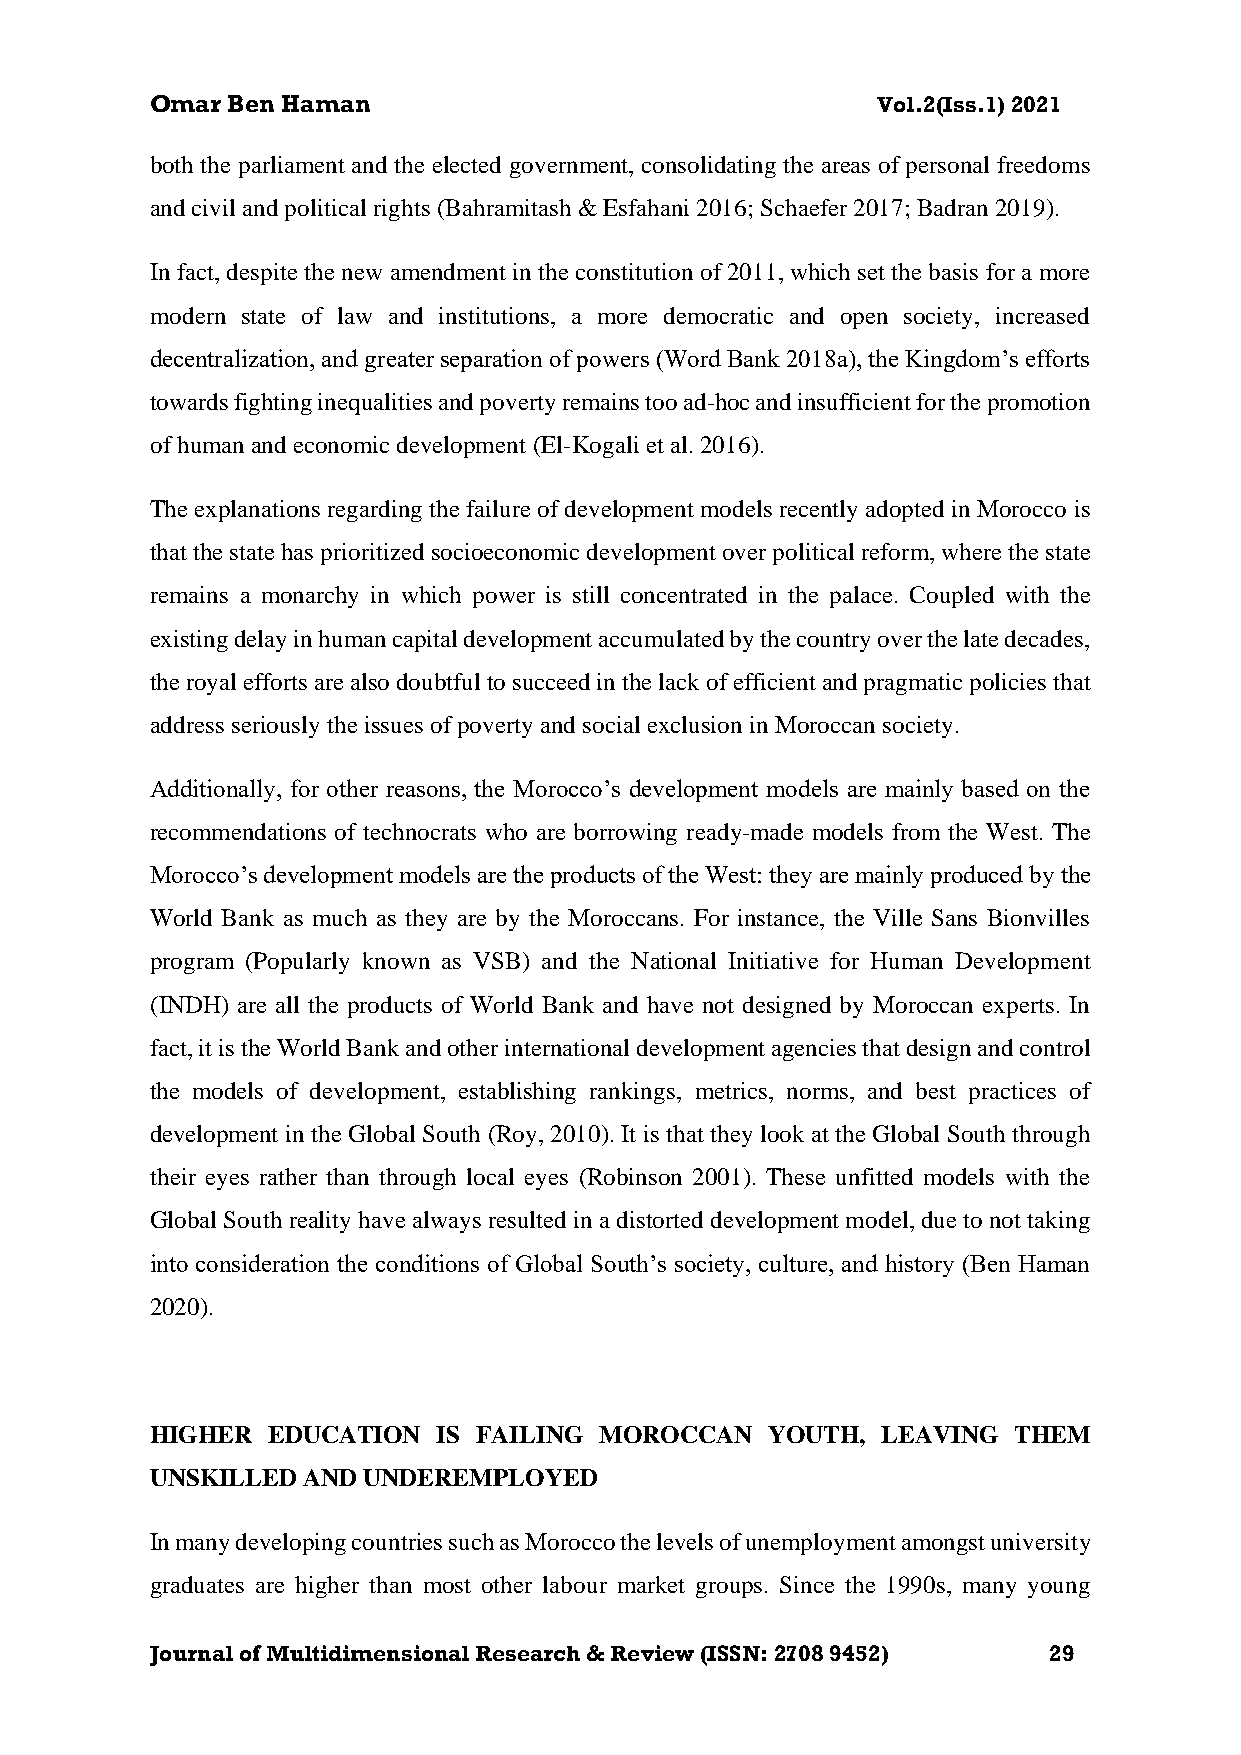
Omar Ben Haman                                  Vol.2(Iss.1) 2021
 both the parliament and the elected government, consolidating the areas of personal freedoms
 and civil and political rights (Bahramitash & Esfahani 2016; Schaefer 2017; Badran 2019).
 In fact, despite the new amendment in the constitution of 2011, which set the basis for a more
 modern state of law and institutions, a more democratic and open society, increased
 decentralization, and greater separation of powers (Word Bank 2018a), the Kingdom’s efforts
 towards fighting inequalities and poverty remains too ad-hoc and insufficient for the promotion
 of human and economic development (El-Kogali et al. 2016).
 The explanations regarding the failure of development models recently adopted in Morocco is
 that the state has prioritized socioeconomic development over political reform, where the state
 remains a monarchy in which power is still concentrated in the palace. Coupled with the
 existing delay in human capital development accumulated by the country over the late decades,
 the royal efforts are also doubtful to succeed in the lack of efficient and pragmatic policies that
 address seriously the issues of poverty and social exclusion in Moroccan society.
 Additionally, for other reasons, the Morocco’s development models are mainly based on the
 recommendations of technocrats who are borrowing ready-made models from the West. The
 Morocco’s development models are the products of the West: they are mainly produced by the
 World Bank as much as they are by the Moroccans. For instance, the Ville Sans Bionvilles
 program (Popularly known as VSB) and the National Initiative for Human Development
 (INDH) are all the products of World Bank and have not designed by Moroccan experts. In
 fact, it is the World Bank and other international development agencies that design and control
 the models of development, establishing rankings, metrics, norms, and best practices of
 development in the Global South (Roy, 2010). It is that they look at the Global South through
 their eyes rather than through local eyes (Robinson 2001). These unfitted models with the
 Global South reality have always resulted in a distorted development model, due to not taking
 into consideration the conditions of Global South’s society, culture, and history (Ben Haman
 2020).
 HIGHER  EDUCATION  IS FAILING MOROCCAN   YOUTH, LEAVING  THEM
 UNSKILLED AND UNDEREMPLOYED
 In many developing countries such as Morocco the levels of unemployment amongst university
 graduates are higher than most other labour market groups. Since the 1990s, many young
 Journal of Multidimensional Research & Review (ISSN: 2708 9452) 29